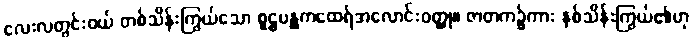
လေးလတွင်းဝယ် တစ်သိန်းကြွယ်သော စူဠပန္ထကထေရ်အလောင်းဝတ္ထု။ ဇာတက၌ကား နှစ်သိန်းကြွယ်၏ဟု